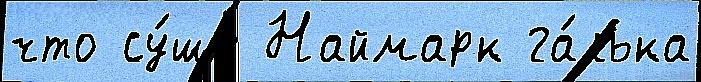
что су́ше Наймарк га́лька